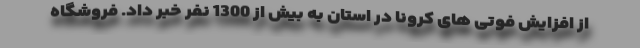
از افزایش فوتی های کرونا در استان به بیش از 1300 نفر خبر داد. فروشگاه